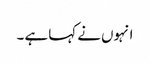
انہوں نے کہا ہے ۔